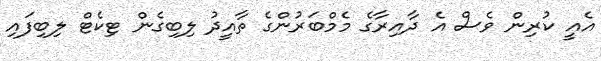
އެއީ ކުރިން ވެސް އެ ދާއިރާގެ މެމްބަރުންގެ ތާއީދު ލިބިގެން ޓިކެޓް ލިބިފައި